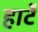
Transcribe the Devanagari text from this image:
हार्टे